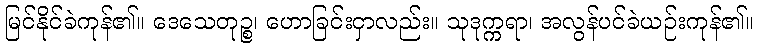
မြင်နိုင်ခဲကုန်၏။ ဒေသေတုဉ္စ၊ ဟောခြင်းငှာလည်း။ သုဒုက္ကရာ၊ အလွန်ပင်ခဲယဉ်းကုန်၏။